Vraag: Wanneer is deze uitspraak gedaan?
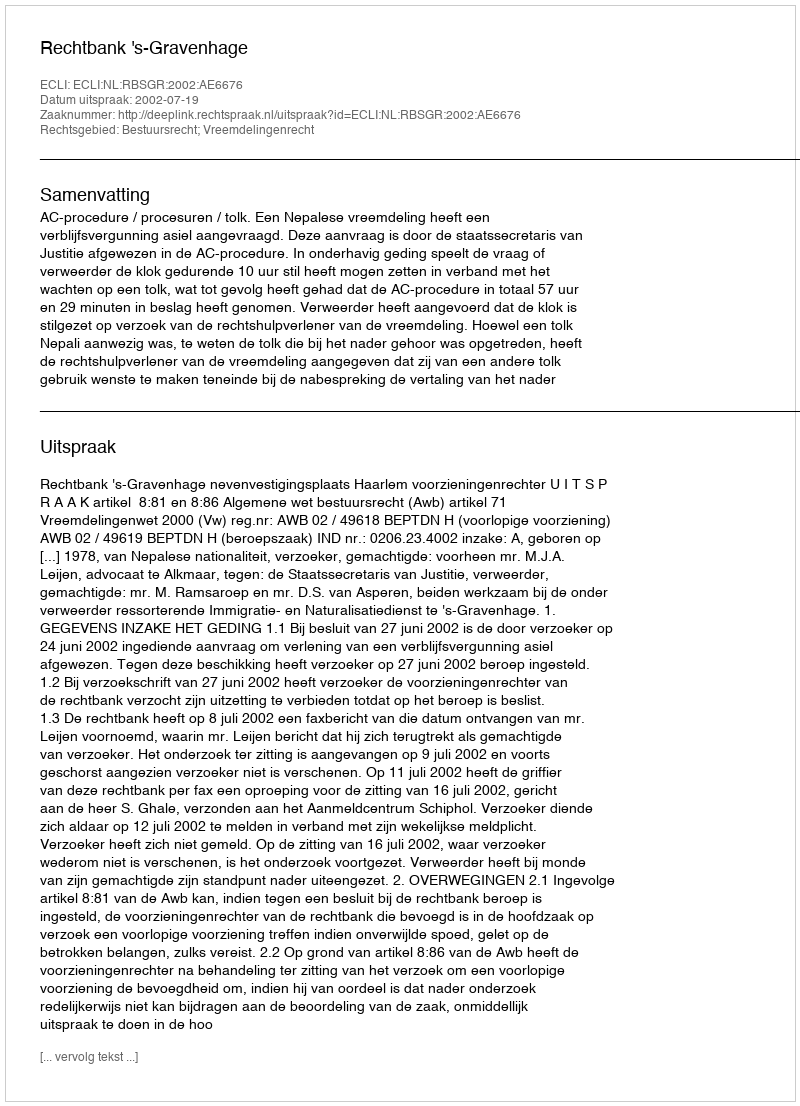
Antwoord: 2002-07-19